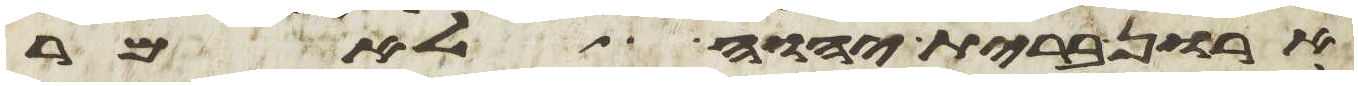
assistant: ארון ברית יהוה לאמר